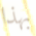
بهذا